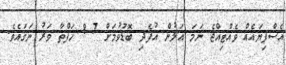
އެސްފިޔައެއް ވެއްޓިއްޖެ ނަމަ އަލުން އުފެދި ބޮޑުވުމަށް 7-8 ހަފްތާ ވަރު ނަގައެވެ.